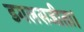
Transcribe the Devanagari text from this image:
डगलसजीता।